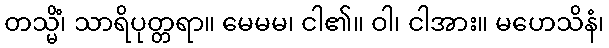
တသ္မိံ၊ သာရိပုတ္တရာ။ မေမမ၊ ငါ၏။ ဝါ၊ ငါအား။ မဟေသိနံ၊